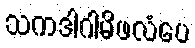
သကဒါဂါမိဖလံပေ